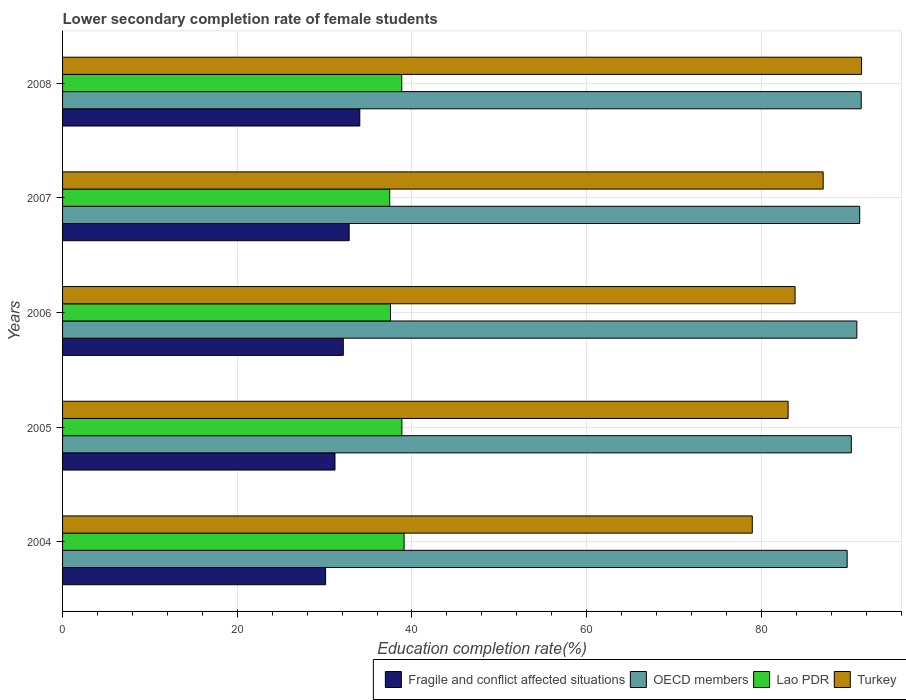
| Years | Fragile and conflict affected situations | OECD members | Lao PDR | Turkey |
 | --- | --- | --- | --- | --- |
 | 2004 | 30.1 | 89.8 | 39.1 | 79 |
 | 2005 | 31.2 | 90.3 | 38.8 | 83.1 |
 | 2006 | 32.1 | 90.9 | 37.5 | 83.9 |
 | 2007 | 32.8 | 91.3 | 37.5 | 87.1 |
 | 2008 | 34 | 91.4 | 38.8 | 91.5 |